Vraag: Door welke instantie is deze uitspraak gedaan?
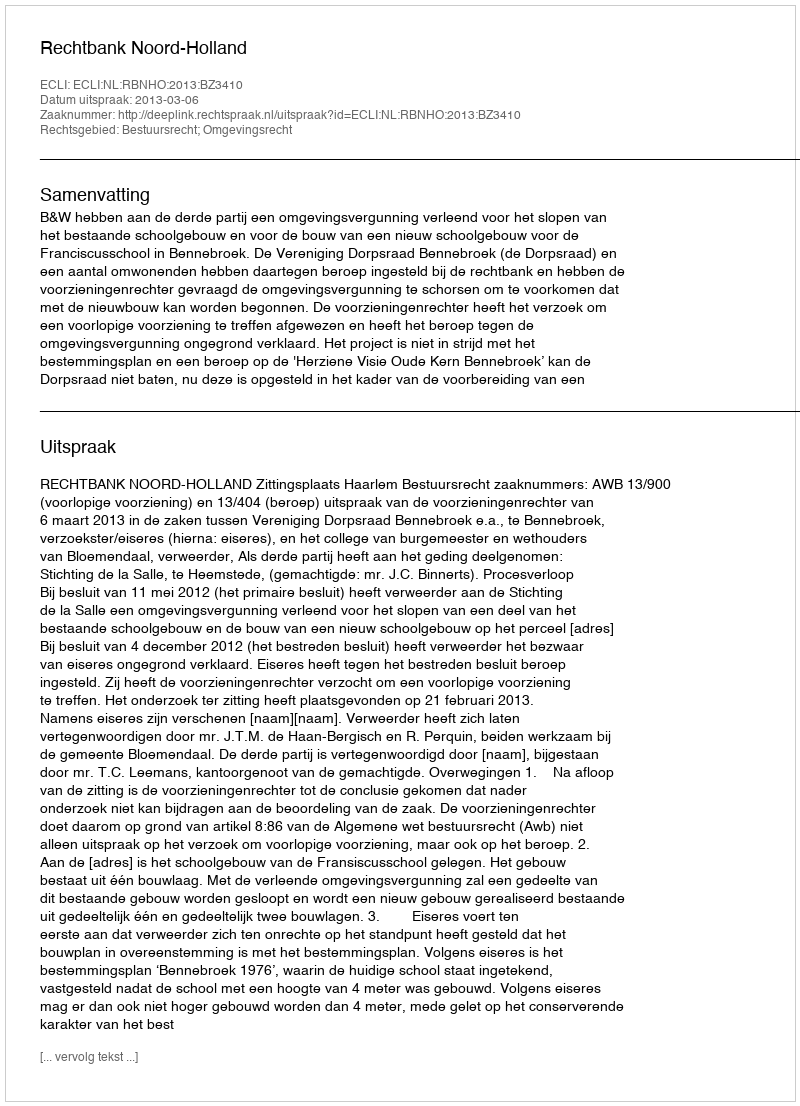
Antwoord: Rechtbank Noord-Holland